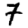
Digit: 7